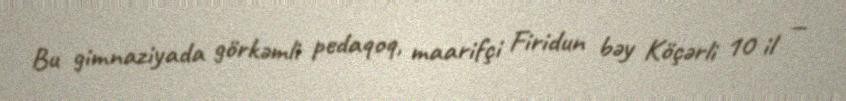
Bu gimnaziyada görkəmli pedaqoq, maarifçi Firidun bəy Köçərli 10 il —